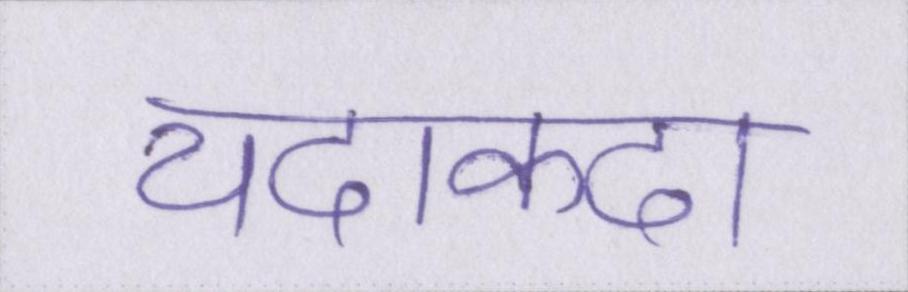
यदाकदा